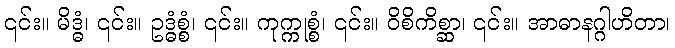
၎င်း။ မိဒ္ဓံ၊ ၎င်း။ ဥဒ္ဓံစ္စံ၊ ၎င်း။ ကုက္ကုစ္စံ၊ ၎င်း။ ဝိစိကိစ္ဆာ၊ ၎င်း။ အာဓာနဂ္ဂါဟိတာ၊